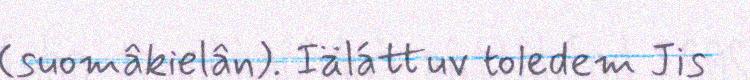
(suomâkielân). Iäláttuv toledem Jis